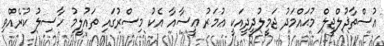
އުސްތާޛުލްޖީލް މުޙައްމަދު ޖަމީލުދީދީއަކީ ޢުމަރު ޢީސާއާ އެކު މިސްރުގައި ތައުލީމު ހާސިލު ކުރެއްވި